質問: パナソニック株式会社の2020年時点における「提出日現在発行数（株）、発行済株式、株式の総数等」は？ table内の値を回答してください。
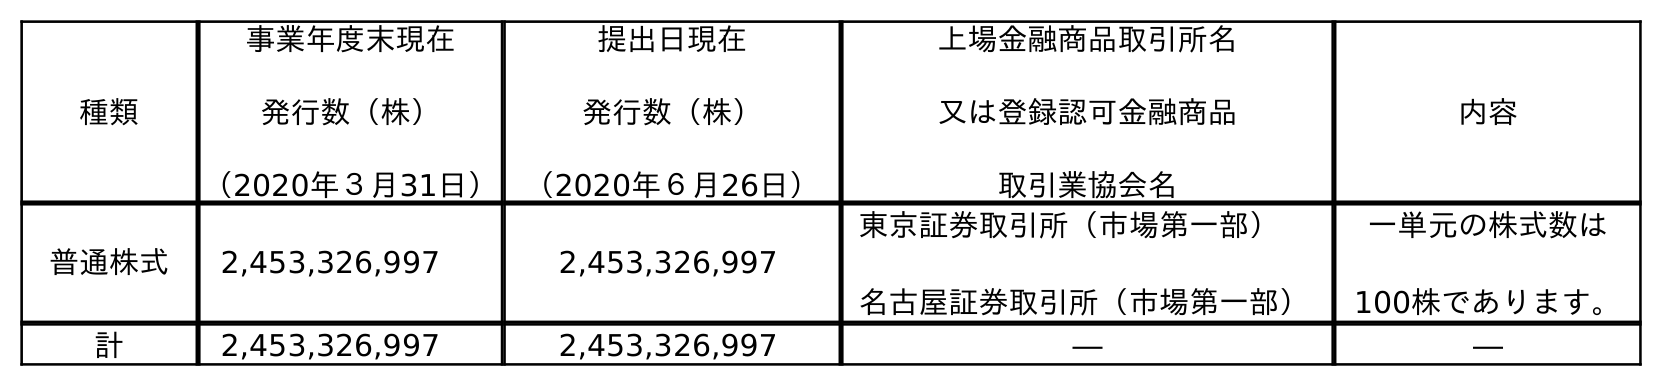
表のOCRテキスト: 種類 事業年度末現在 発行数（株） （2020年３月31日） 提出日現在 発行数（株） （2020年６月26日） 上場金融商品取引所名 又は登録認可金融商品 取引業協会名 内容 普通株式 2,453,326,997 2,453,326,997 東京証券取引所（市場第一部） 名古屋証券取引所（市場第一部） 一単元の株式数は 100株であります。 計 2,453,326,997 2,453,326,997 ― ―
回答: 2,453,326,997